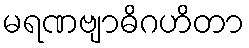
မရဏဗျာဓိဂဟိတာ